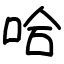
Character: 哈